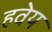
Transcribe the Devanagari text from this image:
हवेय